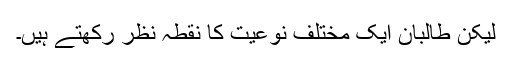
لیکن طالبان ایک مختلف نوعیت کا نقطہ نظر رکھتے ہیں۔